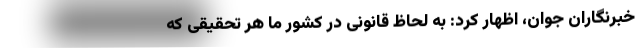
خبرنگاران جوان، اظهار کرد: به لحاظ قانونی در کشور ما هر تحقیقی که